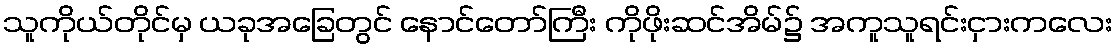
သူကိုယ်တိုင်မှ ယခုအခြေတွင် နောင်တော်ကြီး ကိုဖိုးဆင်အိမ်၌ အကူသူရင်းငှားကလေး